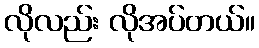
လိုလည်း လိုအပ်တယ်။